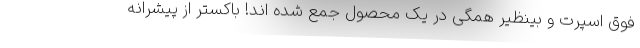
فوق اسپرت و بینظیر همگی در یک محصول جمع شده اند! باکستر از پیشرانه